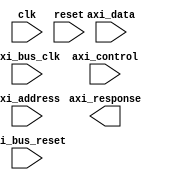
module axi_controller(
    input wire clk,
    input wire reset,
    input wire axi_bus_clk,
    input wire axi_bus_reset,
    input wire [3:0] axi_control,
    input wire [31:0] axi_address,
    input wire [31:0] axi_data,
    output wire [31:0] axi_response
);

// Clock and reset generation module
generate
    // Clock divider module to generate AXI bus clock
    always @(posedge clk) begin
        if (axi_control[0] && !axi_control[1]) begin
            axi_bus_clk <= ~axi_bus_clk;
        end
    end

    // Reset synchronization module for AXI bus reset
    always @(posedge clk) begin
        if (!reset) begin
            axi_bus_reset <= 1'b1;
        end else begin
            axi_bus_reset <= 1'b0;
        end
    end
endgenerate

// Timing and synchronization modules for data transfer
generate
    // Data transfer timing control module
    always @(posedge axi_bus_clk) begin
        // Data transfer logic here
        // Ensure proper timing for data transfers
    end

    // Flow control signal management module
    always @(posedge axi_bus_clk) begin
        // Flow control signal logic here
        // Manage flow control signals
    end
endgenerate

// Arbitration module for multiple AXI bus transactions
generate
    // Arbitration logic for multiple transactions
    always @(posedge axi_bus_clk) begin
        // Arbitration logic here
        // Arbitrate between multiple AXI bus transactions
    end
endgenerate

// Synchronization module for ensuring compliance with AXI protocol
always @(posedge axi_bus_clk) begin
    // Synchronization logic here
    // Ensure all signals are synchronized and compliant with AXI protocol
end

endmodule